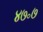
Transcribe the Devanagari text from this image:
४७॰७